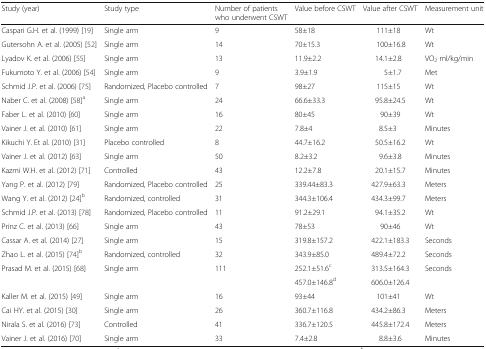
<table><thead><tr><td><b>Study (year)</b></td><td><b>Study type</b></td><td><b>Number of patients who underwent CSWT</b></td><td><b>Value before CSWT</b></td><td><b>Value after CSWT</b></td><td><b>Measurement unit</b></td></tr></thead><tbody><tr><td>Caspari G.H. et al. (1999) [19]</td><td>Single arm</td><td>9</td><td>58±18</td><td>111±18</td><td>Wt</td></tr><tr><td>Gutersohn A. et al. (2005) [52]</td><td>Single arm</td><td>14</td><td>70±15.3</td><td>100±16.8</td><td>Wt</td></tr><tr><td>Lyadov K. et al. (2006) [55]</td><td>Single arm</td><td>13</td><td>11.9±2.2</td><td>14.1±2.8</td><td>VO<sub>2</sub> ml/kg/min</td></tr><tr><td>Fukumoto Y. et al. (2006) [54]</td><td>Single arm</td><td>9</td><td>3.9±1.9</td><td>5±1.7</td><td>Met</td></tr><tr><td>Schmid J.P. et al. (2006) [75]</td><td>Randomized, Placebo controlled</td><td>7</td><td>98±27</td><td>115±15</td><td>Wt</td></tr><tr><td>Naber C. et al. (2008) [58]<sup>a</sup></td><td>Single arm</td><td>24</td><td>66.6±33.3</td><td>95.8±24.5</td><td>Wt</td></tr><tr><td>Faber L. et al. (2010) [60]</td><td>Single arm</td><td>16</td><td>80±45</td><td>90±39</td><td>Wt</td></tr><tr><td>Vainer J. et al. (2010) [61]</td><td>Single arm</td><td>22</td><td>7.8±4</td><td>8.5±3</td><td>Minutes</td></tr><tr><td>Kikuchi Y. Et al. (2010) [31]</td><td>Placebo controlled</td><td>8</td><td>44.7±16.2</td><td>50.5±16.2</td><td>Wt</td></tr><tr><td>Vainer J. et al. (2012) [63]</td><td>Single arm</td><td>50</td><td>8.2±3.2</td><td>9.6±3.8</td><td>Minutes</td></tr><tr><td>Kazmi W.H. et al. (2012) [71]</td><td>Controlled</td><td>43</td><td>12.2±7.8</td><td>20.1±15.7</td><td>Minutes</td></tr><tr><td>Yang P. et al. (2012) [79]</td><td>Randomized, Placebo controlled</td><td>25</td><td>339.44±83.3</td><td>427.9±63.3</td><td>Meters</td></tr><tr><td>Wang Y. et al. (2012) [24]<sup>b</sup></td><td>Randomized, controlled</td><td>31</td><td>344.3±106.4</td><td>434.3±99.7</td><td>Meters</td></tr><tr><td>Schmid J.P. et al. (2013) [78]</td><td>Randomized, Placebo controlled</td><td>11</td><td>91.2±29.1</td><td>94.1±35.2</td><td>Wt</td></tr><tr><td>Prinz C. et al. (2013) [66]</td><td>Single arm</td><td>43</td><td>78±53</td><td>90±46</td><td>Wt</td></tr><tr><td>Cassar A. et al. (2014) [27] </td><td>Single arm</td><td>15</td><td>319.8±157.2</td><td>422.1±183.3</td><td>Seconds</td></tr><tr><td>Zhao L. et al. (2015) [74]<sup>b</sup></td><td>Randomized, controlled</td><td>32</td><td>343.9±85.0</td><td>489.4±72.2</td><td>Seconds</td></tr><tr><td rowspan="2">Prasad M. et al. (2015) [68]</td><td rowspan="2">Single arm</td><td rowspan="2">111</td><td>252.1±51.6<sup>c</sup></td><td>313.5±164.3</td><td rowspan="2">Seconds</td></tr><tr><td>457.0±146.8<sup>d</sup></td><td>606.0±126.4</td></tr><tr><td>Kaller M. et al. (2015) [49]</td><td>Single arm</td><td>16</td><td>93±44</td><td>101±41</td><td>Wt</td></tr><tr><td>Cai HY. et al. (2015) [30]</td><td>Single arm</td><td>26</td><td>360.7±116.8</td><td>434.2±86.3</td><td>Meters</td></tr><tr><td>Nirala S. et al. (2016) [73]</td><td>Controlled</td><td>41</td><td>336.7±120.5</td><td>445.8±172.4</td><td>Meters</td></tr><tr><td>Vainer J. et al. (2016) [70]</td><td>Single arm</td><td>33</td><td>7.4±2.8</td><td>8.8±3.6</td><td>Minutes</td></tr></tbody></table>